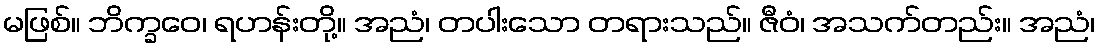
မဖြစ်။ ဘိက္ခဝေ၊ ရဟန်းတို့။ အညံ၊ တပါးသော တရားသည်။ ဇီဝံ၊ အသက်တည်း။ အညံ၊